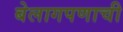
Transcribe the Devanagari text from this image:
बेलागपणाची